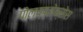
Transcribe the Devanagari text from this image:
पोल्य्प्लेक्सेस